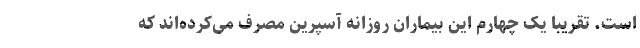
است. تقریباً یک چهارم این بیماران روزانه آسپرین مصرف می‌کرده‌اند که